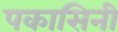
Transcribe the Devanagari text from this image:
पकासिनी